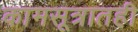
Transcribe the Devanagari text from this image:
कामसूत्रातही